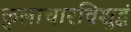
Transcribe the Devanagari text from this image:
कुलाचारविशुद्धं